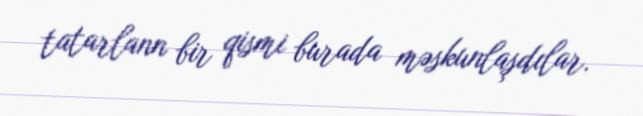
tatarlann bir qismi burada məskunlaşdılar.